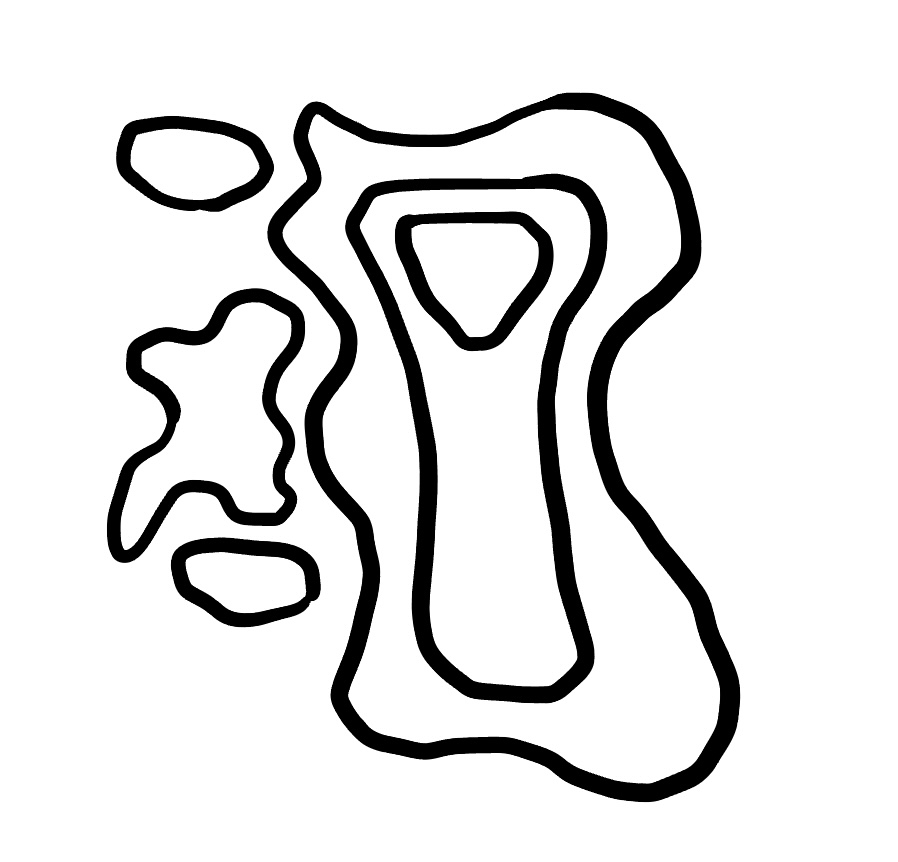
Number of regions (including the outer root region): 7
Containment tree edges (parent, child): 0, 1, 0, 2, 0, 3, 0, 4, 4, 5, 5, 6